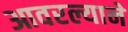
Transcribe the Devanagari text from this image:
आवरल्याने